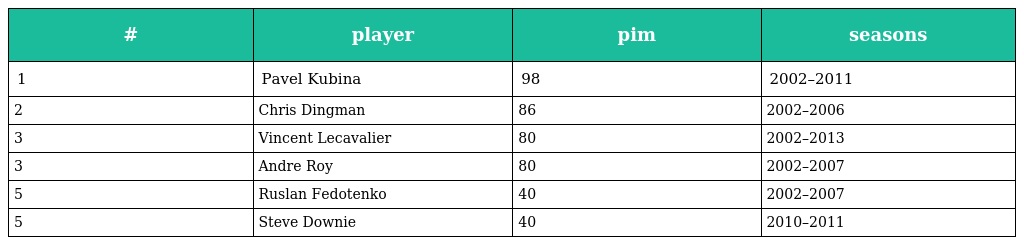
| # | player | pim | seasons |
 | --- | --- | --- | --- |
 | 1 | Pavel Kubina | 98 | 2002–2011 |
 | 2 | Chris Dingman | 86 | 2002–2006 |
 | 3 | Vincent Lecavalier | 80 | 2002–2013 |
 | 3 | Andre Roy | 80 | 2002–2007 |
 | 5 | Ruslan Fedotenko | 40 | 2002–2007 |
 | 5 | Steve Downie | 40 | 2010–2011 |